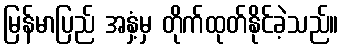
မြန်မာပြည် အနှံ့မှ တိုက်ထုတ်နိုင်ခဲ့သည်။